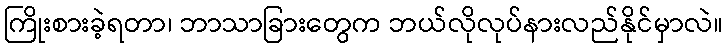
ကြိုးစားခဲ့ရတာ၊ ဘာသာခြားတွေက ဘယ်လိုလုပ်နားလည်နိုင်မှာလဲ။